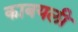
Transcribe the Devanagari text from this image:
काबयली